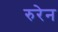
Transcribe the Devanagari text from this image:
रुरेन